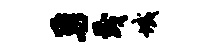
勇茂域